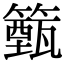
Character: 籈